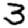
Digit: 3